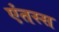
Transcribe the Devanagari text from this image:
एंतस्स